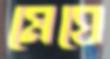
মেঘে